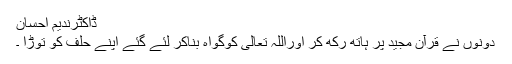
ڈاکٹرندیم احسان
دونوں نے قرآن مجید پر ہاتھ رکھ کر اوراللہ تعالیٰ کوگواہ بناکر لئے گئے اپنے حلف کو توڑا ۔